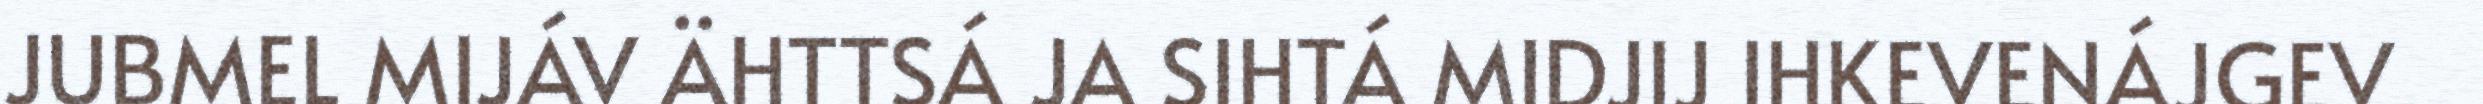
JUBMEL MIJÁV ÄHTTSÁ JA SIHTÁ MIDJIJ IHKEVENÁJGEV